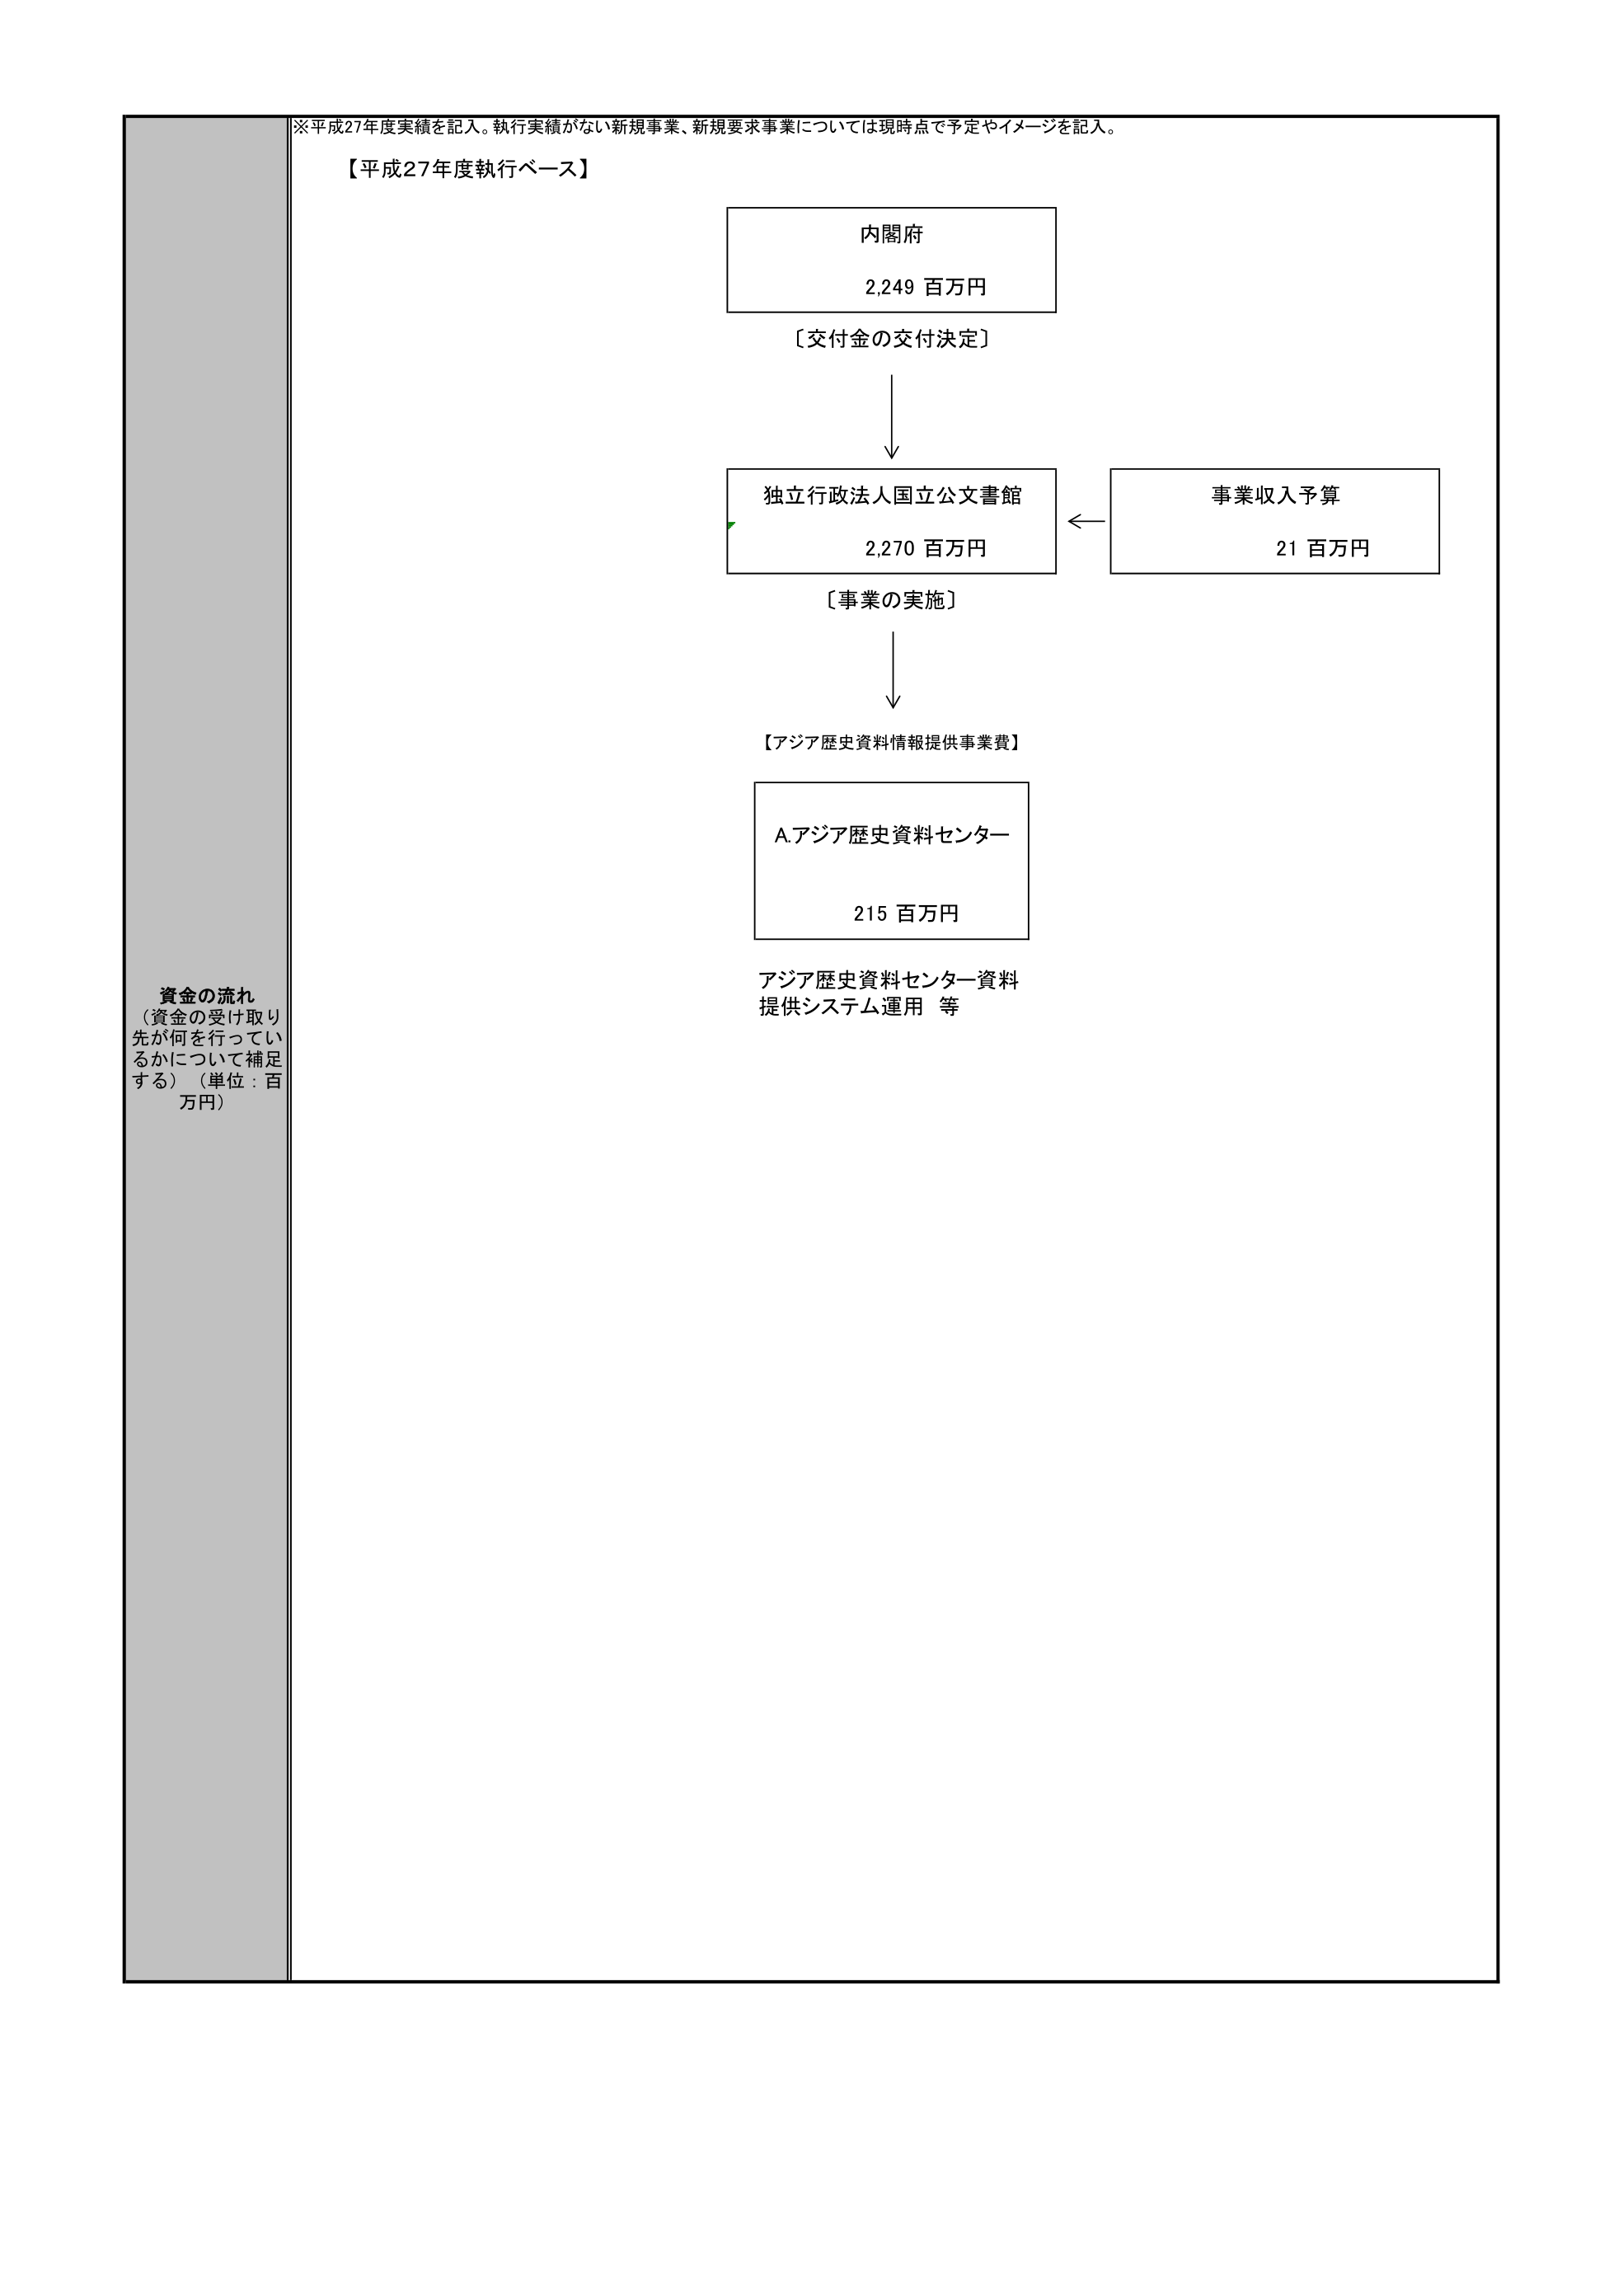
※平成27年度実績を記入。執行実績がない新規事業、新規要求事業については現時点で予定やイメージを記入。

【平成27年度執行ベース】

内閣府
2,249 百万円
〔交付金の交付決定〕

独立行政法人国立公文書館
2,270 百万円
〔事業の実施〕

事業収入予算
21 百万円

【アジア歴史資料情報提供事業費】

A.アジア歴史資料センター
215 百万円

アジア歴史資料センター資料
提供システム運用 等

資金の流れ
（資金の受け取り
先が何を行ってい
るかについて補足
する）（単位：百
万円）